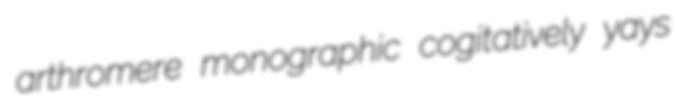
arthromere monographic cogitatively yays